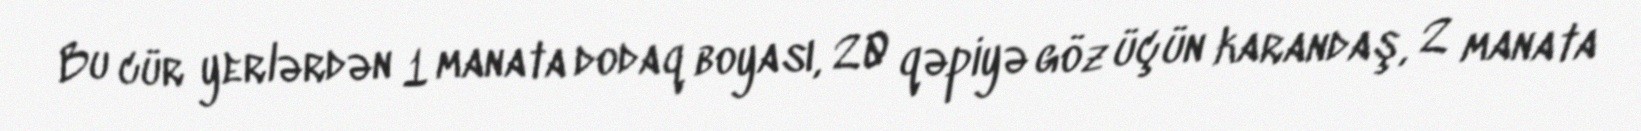
Bu cür yerlərdən 1 manata dodaq boyası, 20 qəpiyə göz üçün karandaş, 2 manata